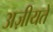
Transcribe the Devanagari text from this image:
अज़ीयतें